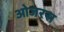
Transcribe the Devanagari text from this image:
ओजरस